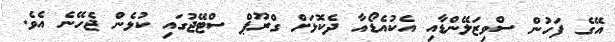
އޭގެ ފަހުން ސްވިޒަލޭންޑާއި އެކުއެޑޯއާ ދެކޮޅަށް ގްރޫޕް ސްޓޭޖުގައި ކުޅެން ޖެހޭނެ އެވެ.